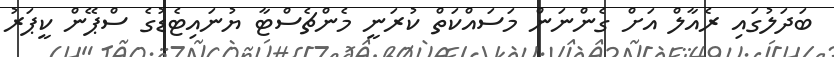
ބަދަލުގައި ރެއާލް އަށް ގެންނަން މަސައްކަތް ކުރަނީ މެންޗެސްޓާ ޔުނައިޓެޑުގެ ސްޕޭން ކީޕަރު